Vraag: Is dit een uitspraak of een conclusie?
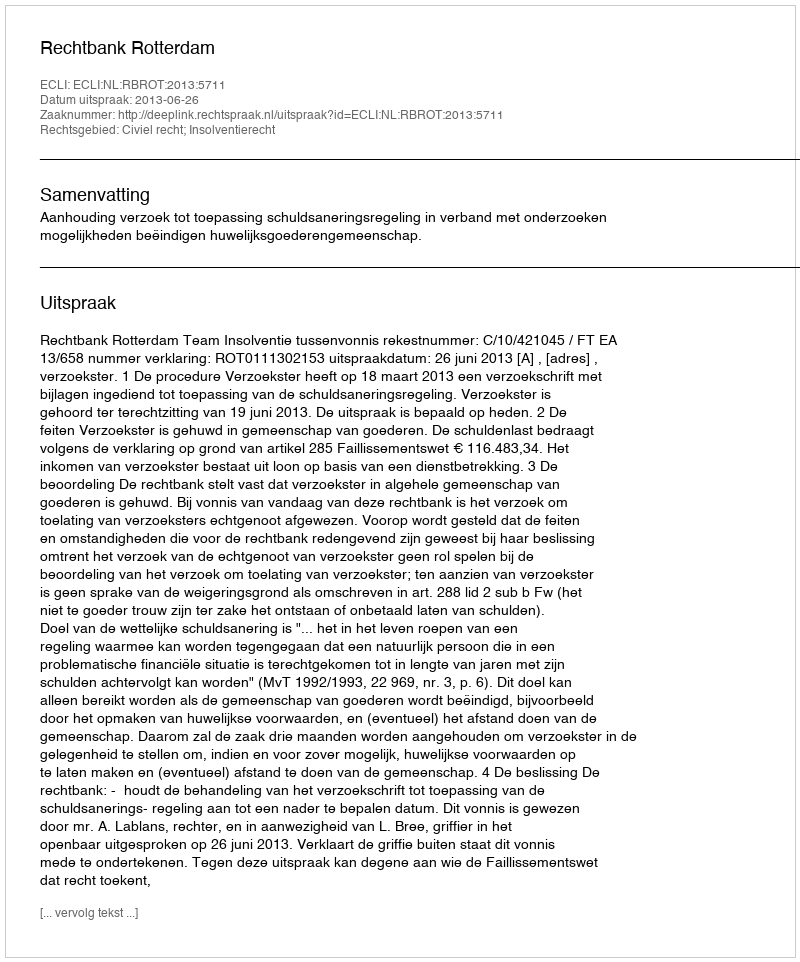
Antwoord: Uitspraak